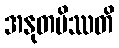
အနုတပိဿတိ